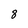
Character: 8